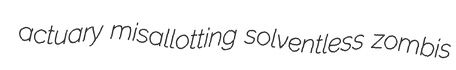
actuary misallotting solventless zombis